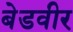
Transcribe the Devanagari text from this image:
बेडवीर